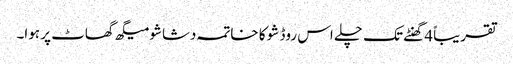
تقریباً 4 گھنٹے تک چلے اس روڈ شو کا خاتمہ دشاشو میگھ گھاٹ پر ہوا۔